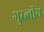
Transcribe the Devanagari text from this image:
गुरत्वीय